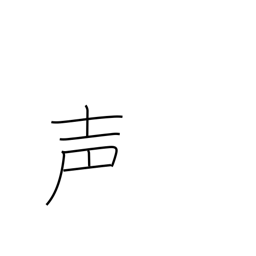
Meaning: voice